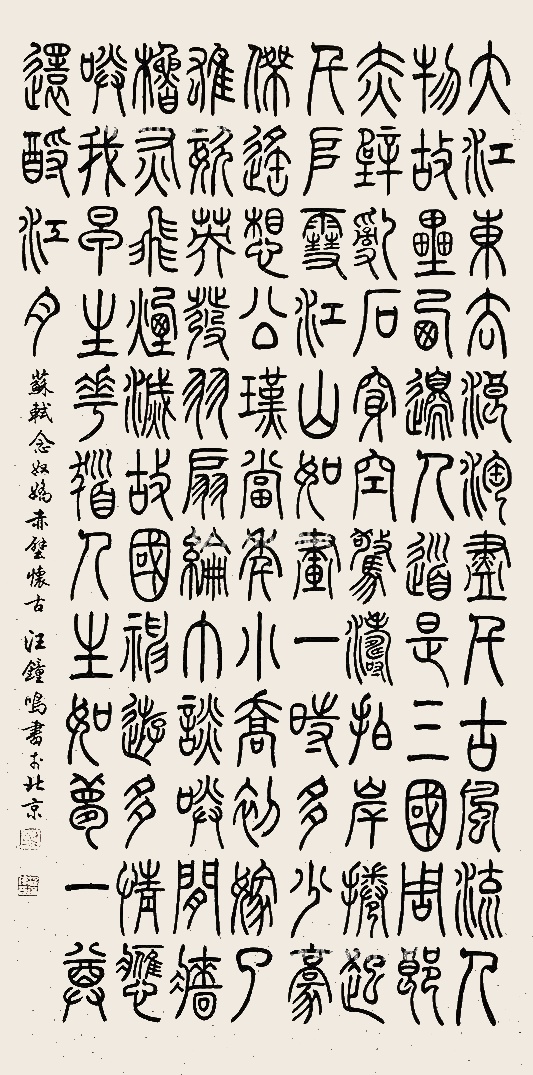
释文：大江东去，浪淘尽，千古风流人物。故垒西边，人道是，三国周郎赤壁。乱石穿空，惊涛拍岸，卷起千堆雪。江山如画，一时多少豪杰。遥想公瑾当年，小乔初嫁了，雄姿英发。羽扇纶巾，谈笑间，樯橹灰飞烟灭。故国神游，多情应笑我，早生华发。人生如梦，一尊还酹江月。汪钟鸣2021年作